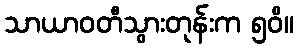
သာယာဝတီသွားတုန်းက ၅၀ိ။